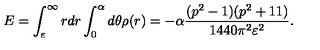
E = \int _ { \varepsilon } ^ { \infty } r d r \int _ { 0 } ^ { \alpha } d \theta \rho ( r ) = - \alpha \frac { ( p ^ { 2 } - 1 ) ( p ^ { 2 } + 1 1 ) } { 1 4 4 0 \pi ^ { 2 } \varepsilon ^ { 2 } } .